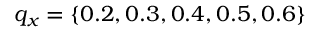
q _ { x } = \{ 0 . 2 , 0 . 3 , 0 . 4 , 0 . 5 , 0 . 6 \}